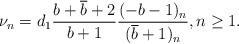
LaTeX: \begin{align*} \nu_n = d_1 \frac{b + \overline{b}+2}{b+1} \frac{(-b-1)_{n}}{(\overline{b}+1)_n}, n \geq 1.\end{align*}